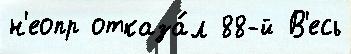
н'еопр отказа́л 88-й В'есь